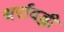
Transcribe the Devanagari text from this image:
थर्रावड्डी